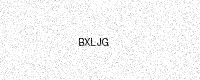
Text: BXLJG